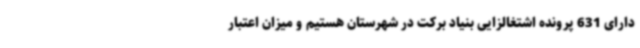
دارای 631 پرونده اشتغالزایی بنیاد برکت در شهرستان هستیم و میزان اعتبار